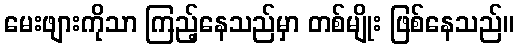
မေးဖျားကိုသာ ကြည့်နေသည်မှာ တစ်မျိုး ဖြစ်နေသည်။